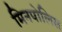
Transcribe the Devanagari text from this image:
मिनपोलिस